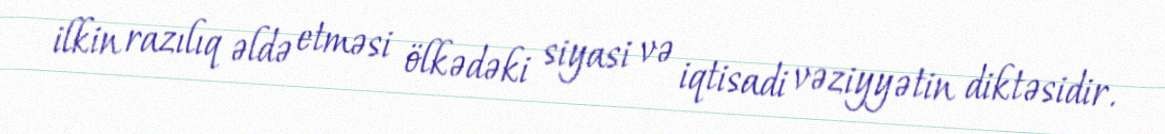
ilkin razılıq əldə etməsi ölkədəki siyasi və iqtisadi vəziyyətin diktəsidir.